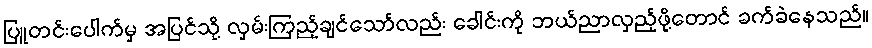
ပြူတင်းပေါက်မှ အပြင်သို့ လှမ်းကြည့်ချင်သော်လည်း ခေါင်းကို ဘယ်ညာလှည့်ဖို့တောင် ခက်ခဲနေသည်။